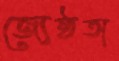
জ্যেষ্ঠতা